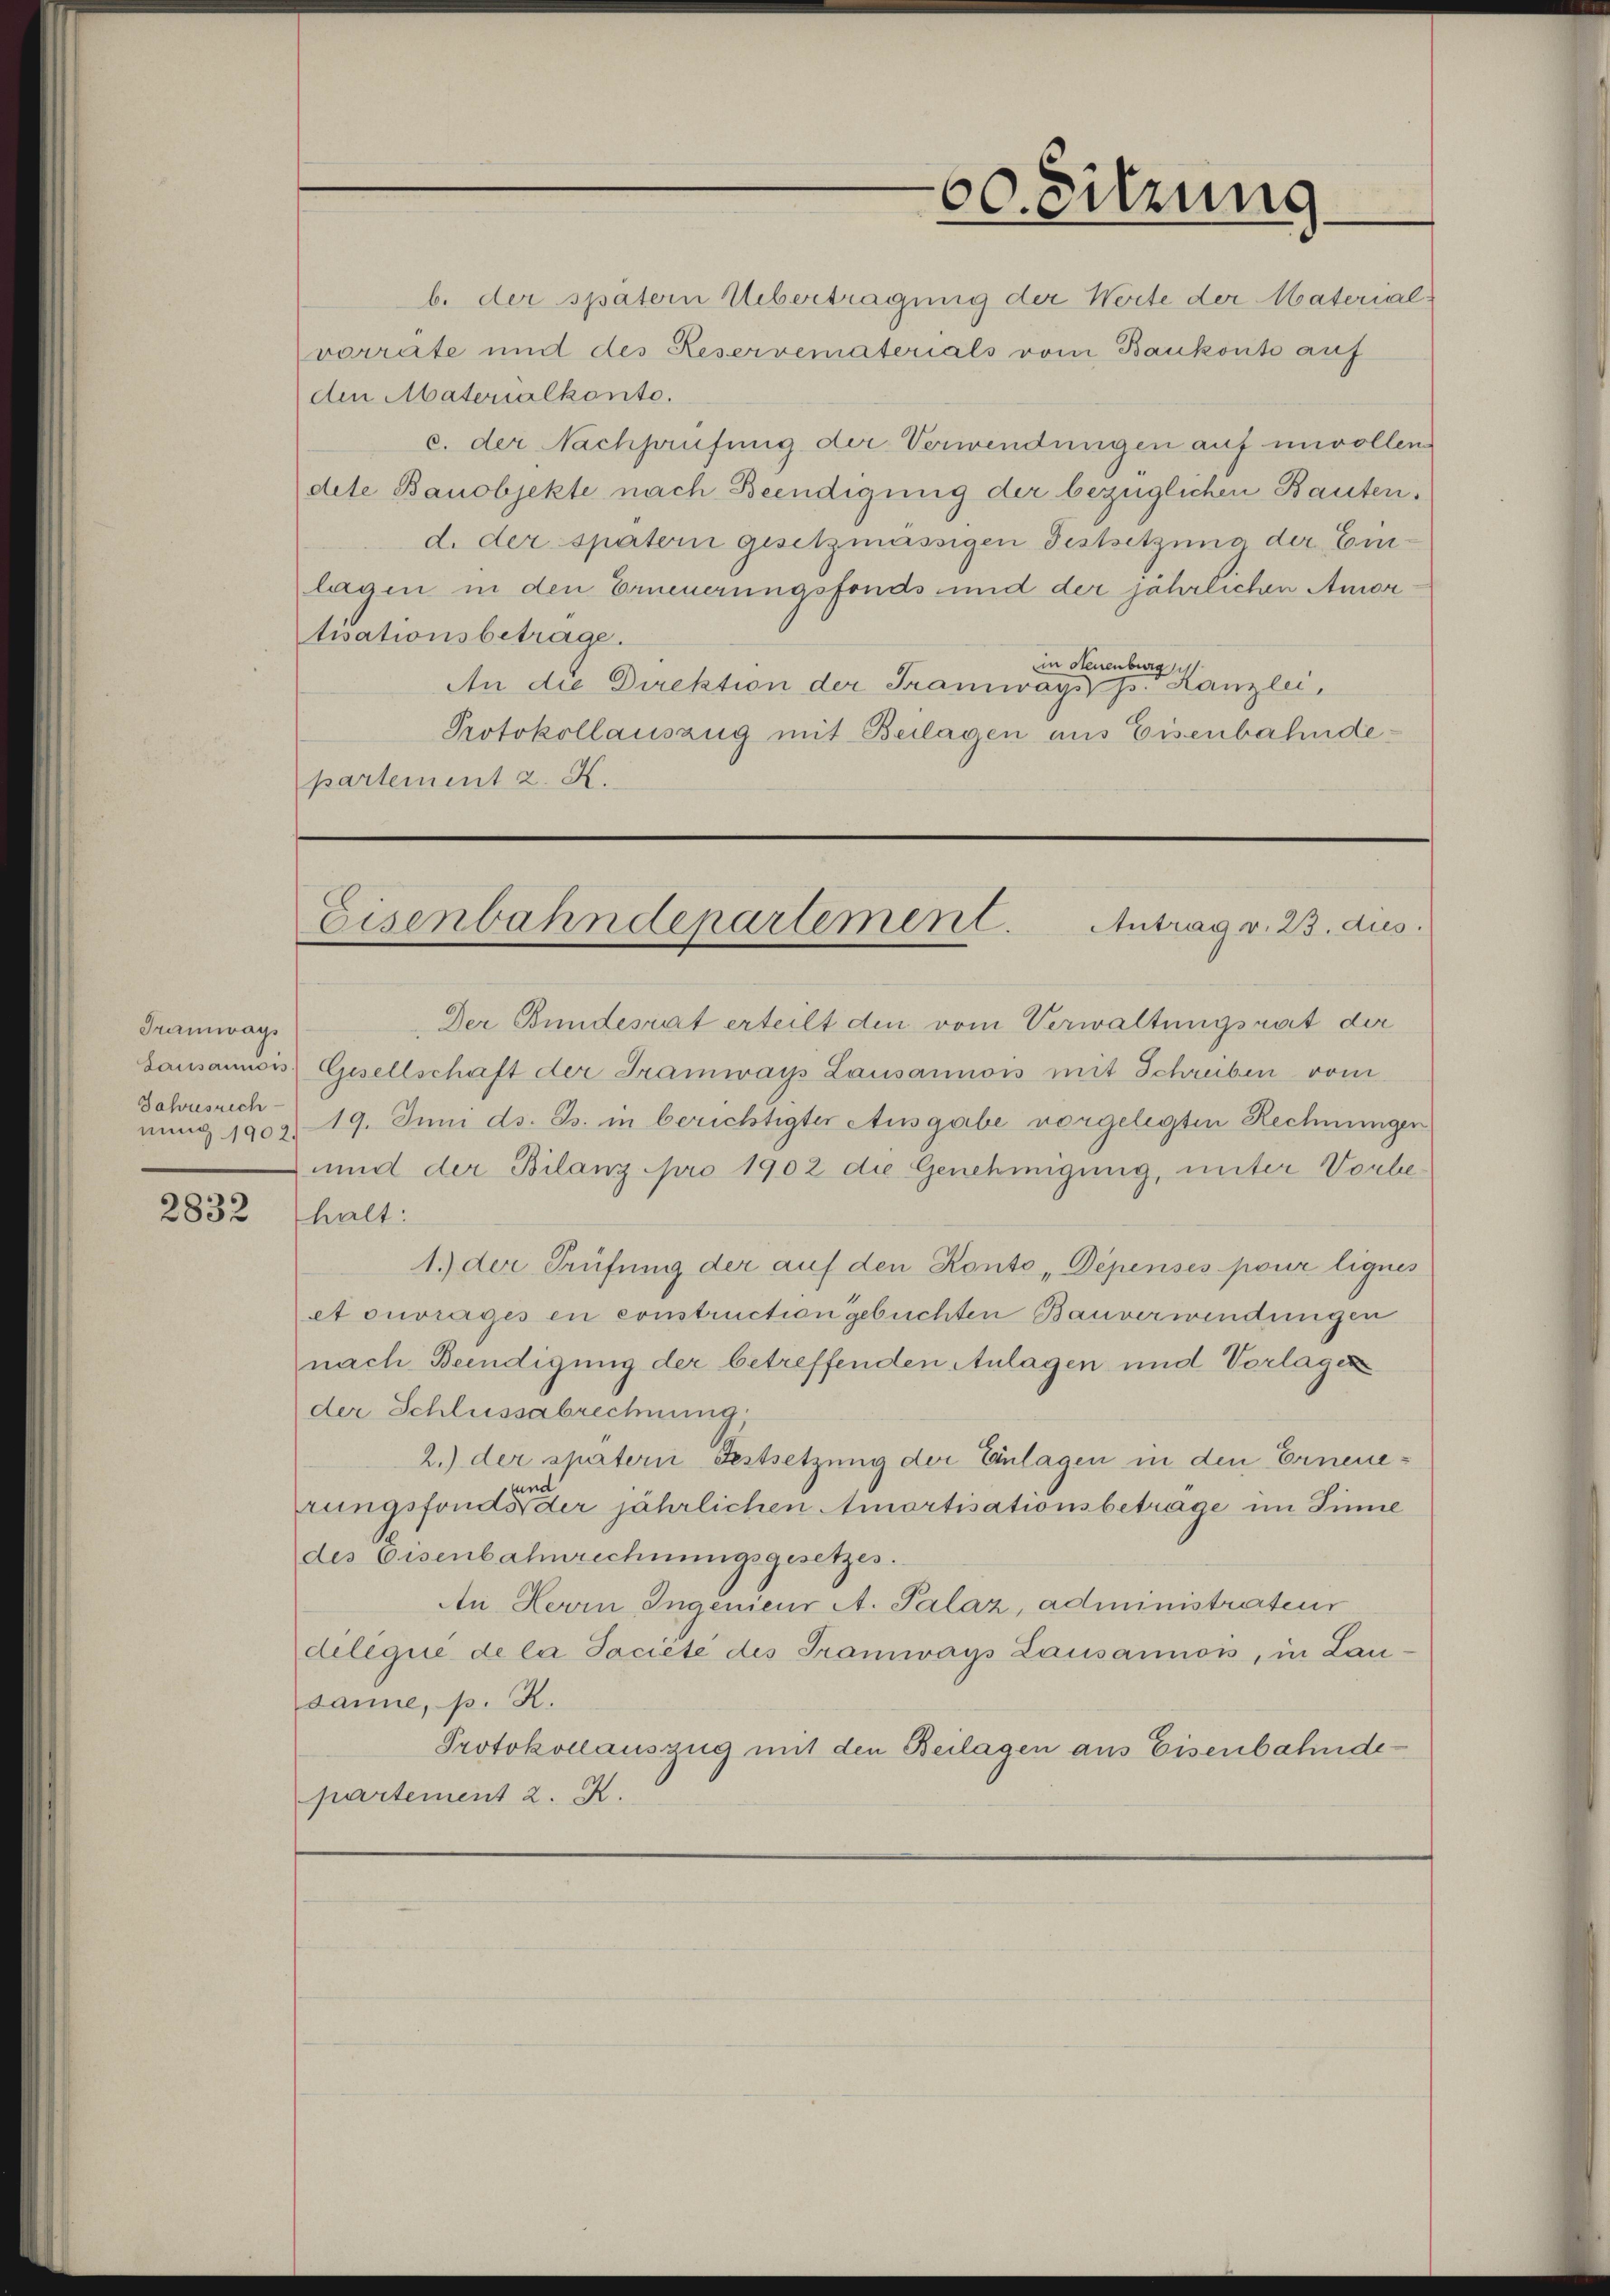
Tramways
Jahresrech
nung 1902.

2832

60. Sitzung

b. der spätern Übertragung der Weite der Material-
vorrate und des Reservematerials vom Bankonto auf
den Materialkonto.
c. der Nachsaufung der Verwendungen auf unvollen
dete Bauobjekte nach Beendigung der bezüglichen Bautend. der spaterii gesetzmässigen Festsetzung der Eulassen in den Erneuerungsfonds und der jährlichen Amortisationsbeträge.
in Neuenburg
An die Direktion der Tramways p. Kanzlei,
Protokollauszug mit Beilagen aus Eisenbahndepartement 2. X.

Eisenbahndepartement. Antrag v. 23. dies

Der Bundesrat erteilt den vom Verwaltungsrat der
Lausanois Gesellschaft der Tramways Lausannow mit Schreiben vom
19. Juni ds. Js. in berichtigter Ausgabe vorgelegten Rechnungen
und der Bilanz pro 1902 die Genehmigung, unter Vorbe
thalt:
1.) der Prüfung der auf den Konte „Dépensés pour lignes
ctouvrages en construction gebuchten Bauverwendungen
nach Beendigung der betreffenden Anlagen und Vorlagen
der Schlussabrechnung,
2.) der spätern Festsetzung der Einlagen in den Erneue¬
und
rungsfonds der jährlichen Amortisationsbeträge im Sinne
des Eisenbahnrechnungsgesetzes.
An Herrn Ingenieur A. Palaz, administrateur
deliqué de la Jaciete des Tramways Lausannos, in Lausanne, p. R.
Protokollauszug mit den Beilagen aus Eisenbahndepartement 2. K.